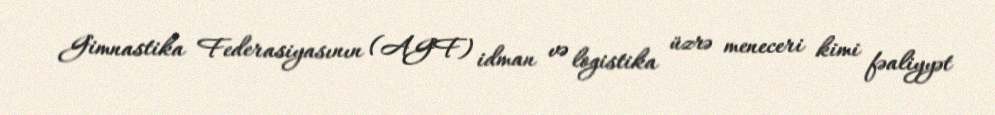
Gimnastika Federasiyasının (AGF) idman və logistika üzrə meneceri kimi fəaliyyət